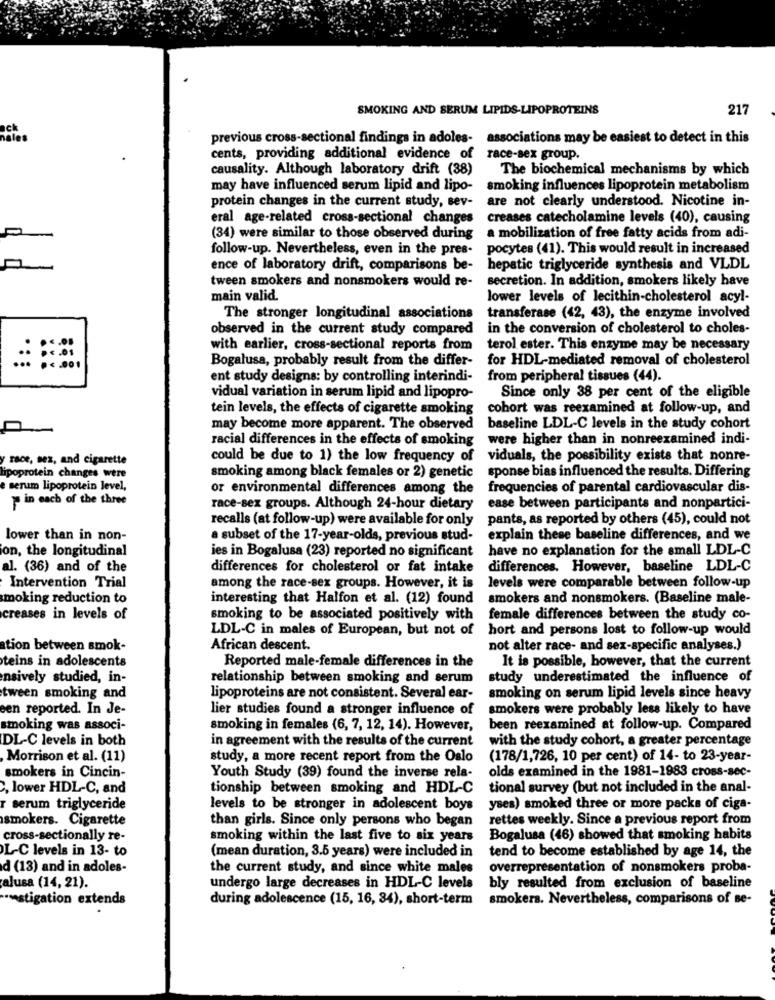
SMOKING AND SERUM LIPIDS-LIPOPROTEINS
217
previous cross-sectional findings in adoles-
associations may be easiest to detect in this
cents, providing additional evidence of
race-sex group.
causality. Although laboratory drift (38)
The biochemical mechanisms by which
may have influenced serum lipid and lipo-
smoking influences lipoprotein metabolism
are not clearly understood. Nicotine in-
protein changes in the current study, sev-
eral age-related cross-sectional changes
creases catecholamine levels (40), causing
(34) were similar to those observed during
a mobilization of free fatty acids from adi-
follow-up. Nevertheless, even in the pres-
pocytes (41). This would result in increased
ence of laboratory drift, comparisons be-
hepatic triglyceride synthesis and VLDL
tween smokers and nonsmokers would re-
secretion. In addition, smokers likely have
main valid.
lower levels of lecithin-cholesterol acyl-
The stronger longitudinal associations
transferase (42, 43), the enzyme involved
observed in the current study compared
in the conversion of cholesterol to choles-
with earlier, cross-sectional reports from
terol ester. This enzyme may be necessary
::
Bogalusa, probably result from the differ-
for HDL-mediated removal of cholesterol
......
ent study designs: by controlling interindi-
from peripheral tissues (44).
vidual variation in serum lipid and lipopro-
Since only 38 per cent of the eligible
tein levels, the effects of cigarette smoking
cohort was reexamined at follow-up, and
may become more apparent. The observed
baseline LDL-C levels in the study cohort
racial differences in the effects of smoking
were higher than in nonreexamined indi-
yrace, sez, and cigarette
could be due to 1) the low frequency of
viduals, the possibility exists that nonre-
sponse bias influenced the results. Differing
lipoprotein changes were
smoking among black females or 2) genetic
e serum lipoprotein level,
or environmental differences among the
frequencies of parental cardiovascular dis-
in each of the three
race-sex groups. Although 24-hour dietary
ease between participants and nonpartici-
recalls (at follow-up) were available for only
pants, as reported by others (45), could not
lower than in non-
a subset of the 17-year-olds, previous stud-
explain these baseline differences, and we
on, the longitudinal
have no explanation for the small LDL-C
ies in Bogalusa (23) reported no significant
al. (36) and of the
differences for cholesterol or fat intake
differences. However, baseline LDL-C
levels were comparable between follow-up
Intervention Trial
among the race-sex groups. However, it is
moking reduction to
interesting that Halfon et al. (12) found
smokers and nonsmokers. (Baseline male-
creases in levels of
smoking to be associated positively with
female differences between the study co-
LDL-C in males of European, but not of
hort and persons lost to follow-up would
tion between smok-
African descent.
not alter race- and sex-specific analyses.)
teins in adolescents
Reported male-female differences in the
It is possible, however, that the current
nsively studied, in-
relationship between smoking and serum
study underestimated the influence of
tween smoking and
lipoproteins are not consistent. Several ear-
smoking on serum lipid levels since heavy
een reported. In Je-
lier studies found a stronger influence of
smokers were probably less likely to have
smoking was associ-
smoking in females (6, 7, 12, 14). However,
been reexamined at follow-up. Compared
DL-C levels in both
in agreement with the results of the current
with the study cohort, a greater percentage
Morrison et al. (11)
study, a more recent report from the Oslo
(178/1,726, 10 per cent) of 14- to 23-year-
smokers in Cincin-
olds examined in the 1981-1983 cross-sec-
Youth Study (39) found the inverse rela-
, lower HDL-C, and
tionship between smoking and HDL-C
tional survey (but not included in the anal-
r serum triglyceride
levels to be stronger in adolescent boys
yses) smoked three or more packs of ciga-
smokers. Cigarette
than girls. Since only persons who began
rettes weekly. Since a previous report from
cross-sectionally re-
smoking within the last five to six years
Bogalusa (46) showed that smoking habits
L-C levels in 13- to
(mean duration, 3.5 years) were included in
tend to become established by age 14, the
d (13) and in adoles-
the current study, and since white males
overrepresentation of nonsmokers proba-
alusa (14, 21).
undergo large decreases in HDL-C levels
bly resulted from exclusion of baseline
astigation extends
during adolescence (15, 16, 34), short-term
smokers. Nevertheless, comparisons of se-